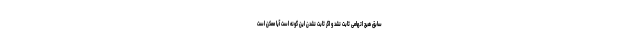
سابق هیچ اتهامی ثابت نشد و اگر ثابت نشدن این گونه است آیا ممکن است